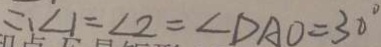
\therefore \angle 1 = \angle 2 = \angle D A O = 3 0 ^ { \circ }